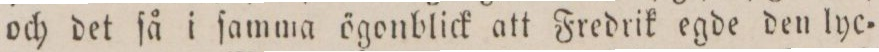
och det ſå i ſamma ögonblick att Fredrik egde den lyc=